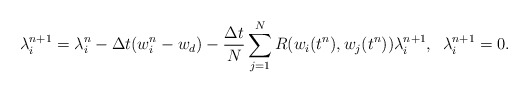
\begin{align*} \lambda^{n+1}_i&=\lambda_i^n-\Delta t(w_i^n-w_d)-\frac{\Delta t}{N}\sum_{j=1}^{N}R(w_i(t^n),w_j(t^n))\lambda^{n+1}_i,\;\;\lambda_{i}^{n+1}=0.\end{align*}